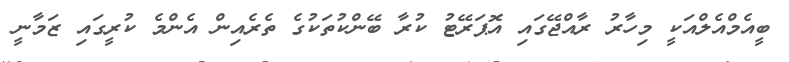
ބީއެމްއެލްއަކީ މިހާރު ރާއްޖޭގައި އޮޕަރޭޓު ކުރާ ބޭންކުތަކުގެ ތެރެއިން އެންމެ ކުރީގައި ޒަމާނީ